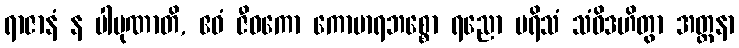
ရာဇာနံ န ပါပုဏာတိ, ဧဝံ ဇီဝကော ကောမာရဘစ္စော ရညော ပရိသံ သံဝိဒဟိတွာ အတ္တနာ